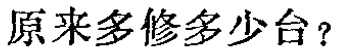
原来多修多少台？